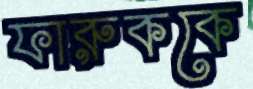
ফারুককে